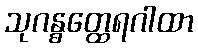
သုဂန္ဓတ္ထေရဂါထာ